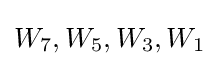
W_{7},W_{5},W_{3},W_{1}